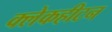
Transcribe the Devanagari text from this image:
क्लेकहीटन